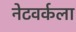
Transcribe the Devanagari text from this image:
नेटवर्कला